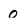
Character: 0